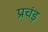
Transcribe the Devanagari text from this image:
प्रचंड़